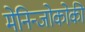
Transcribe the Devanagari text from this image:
मेनिन्जोकोकी